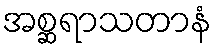
အစ္ဆရာသတာနံ